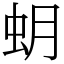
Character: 蚏